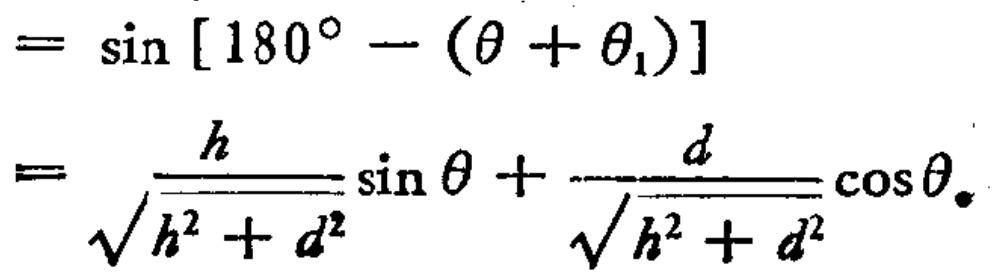
\[
\begin{align*}
&=\sin [180^{\circ}-(\theta+\theta_{1})]\\
&=\frac{h}{\sqrt{h^{2}+d^{2}}}\sin\theta+\frac{d}{\sqrt{h^{2}+d^{2}}}\cos\theta_{\bullet}
\end{align*}
\]